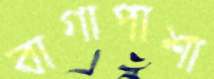
বাগাপাশা